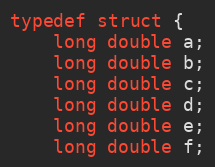
Language: C++
typedef struct {
    long double a;
    long double b;
    long double c;
    long double d;
    long double e;
    long double f;